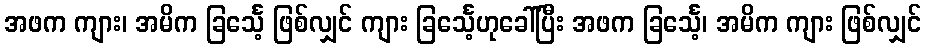
အဖက ကျား၊ အမိက ခြင်္သေ့ ဖြစ်လျှင် ကျား ခြင်္သေ့ဟုခေါ်ပြီး အဖက ခြင်္သေ့၊ အမိက ကျား ဖြစ်လျှင်